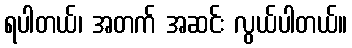
ရပါတယ်၊ အတက် အဆင်း လွယ်ပါတယ်။